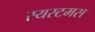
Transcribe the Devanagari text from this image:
स्यस्टमस